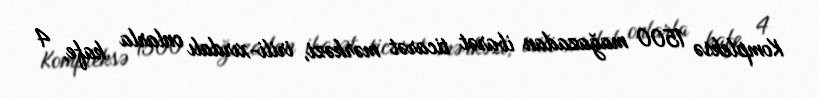
Kompleksə 1500 mağazadan ibarət ticarət mərkəzi, irili-xırdalı onlarla kafe, 4